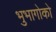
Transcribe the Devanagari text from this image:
भुभागोको